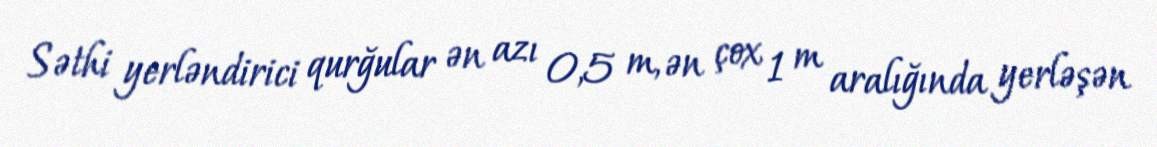
Səthi yerləndirici qurğular ən azı 0,5 m, ən çox 1 m aralığında yerləşən